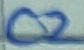
Text: C2